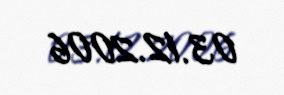
03.12.2006